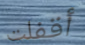
أقفلت